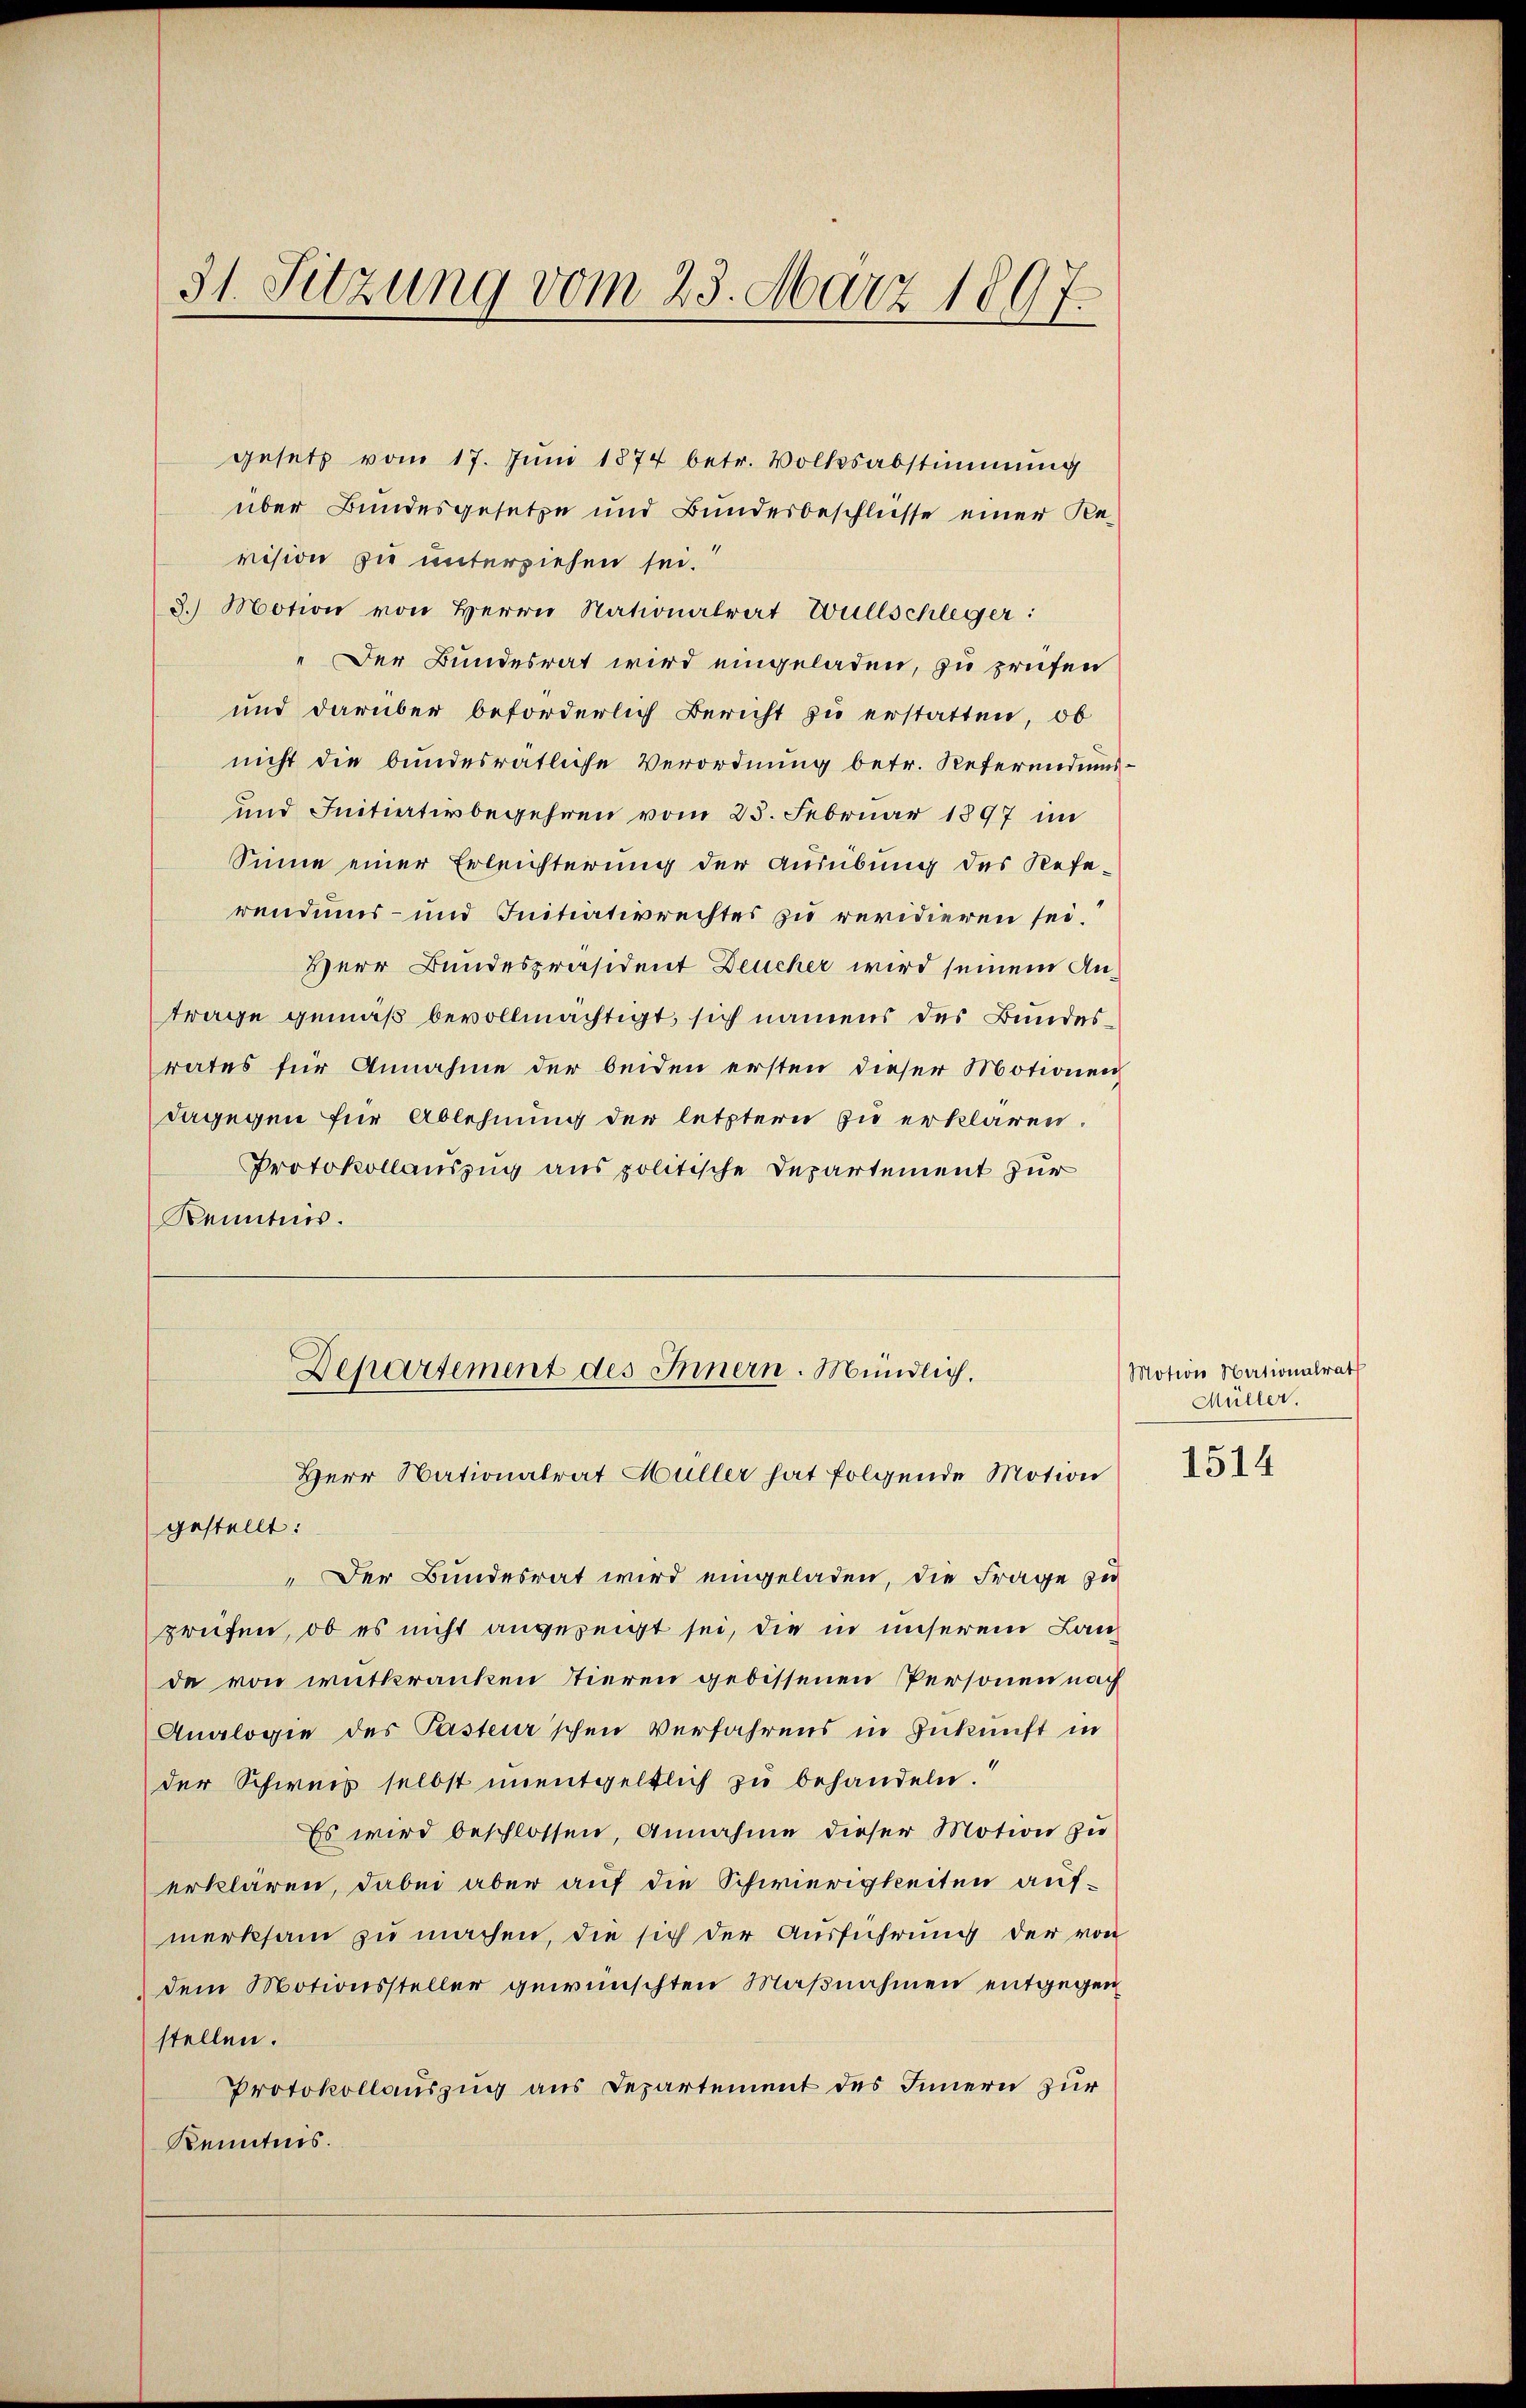
31. Sitzung vom 23. März 1897.

gesetz vom 17. Jŭni 1874 betr. Volksabstimmung
über Bundesgesetze und Bundesbeschlusse einer Re-
vision sie unterziehen sei.
3.) Motion von Herrn Nationalrat Wüllschleger:
" Der Bundesrat wird eingeladen, zu prüfen
und darüber beförderlich Bericht zu erstatten, ob
nicht die bundesrätliche Verordnung betr. Referendums¬
und Initiativbegehren vom 25. Februar 1897 im
Sinne einer Erleichterung der Ausübung des Refewendums- und Initiativrechtes zu revidieren sei.
Herr Bundespräsident Deucher wird seinem Antrage gemäß bevollmächtigt, sich namens des Bundes
rates für Annahme der beiden ersten dieser Motionen
dagegen für Ablehnung der letztern zu erklären.
Protokollauszug aus politische Departement zur
Kenntnis.
Departement des Innern. Mündlich.

Der Bundesrat wird eingeladen, die Frage zu
greifen, ob es nicht angezeigt sei, die in unserem Landa von witkranken Tieren gebissenen Personen nach
Analogie des Pastenr'schen Verfahrens in Zukunft in
der Schweiz selbst unentgeltlich zu behandeln.
Es wird beschlossen, Annahme dieser Motion zu
erklären, dabei aber auf die Schwierigkeiten aufmerksam zu machen, die sich der Ausführung der von
dem Motionssteller gewünschten Maβnahmen entgegen
stellen.
Protokollauszug aus Departement des Innern zur
Kenntnis.

Herr Nationalrat Müller hat folgende Motion
gestellt:

Motion Nationalrath
Müller.

1514